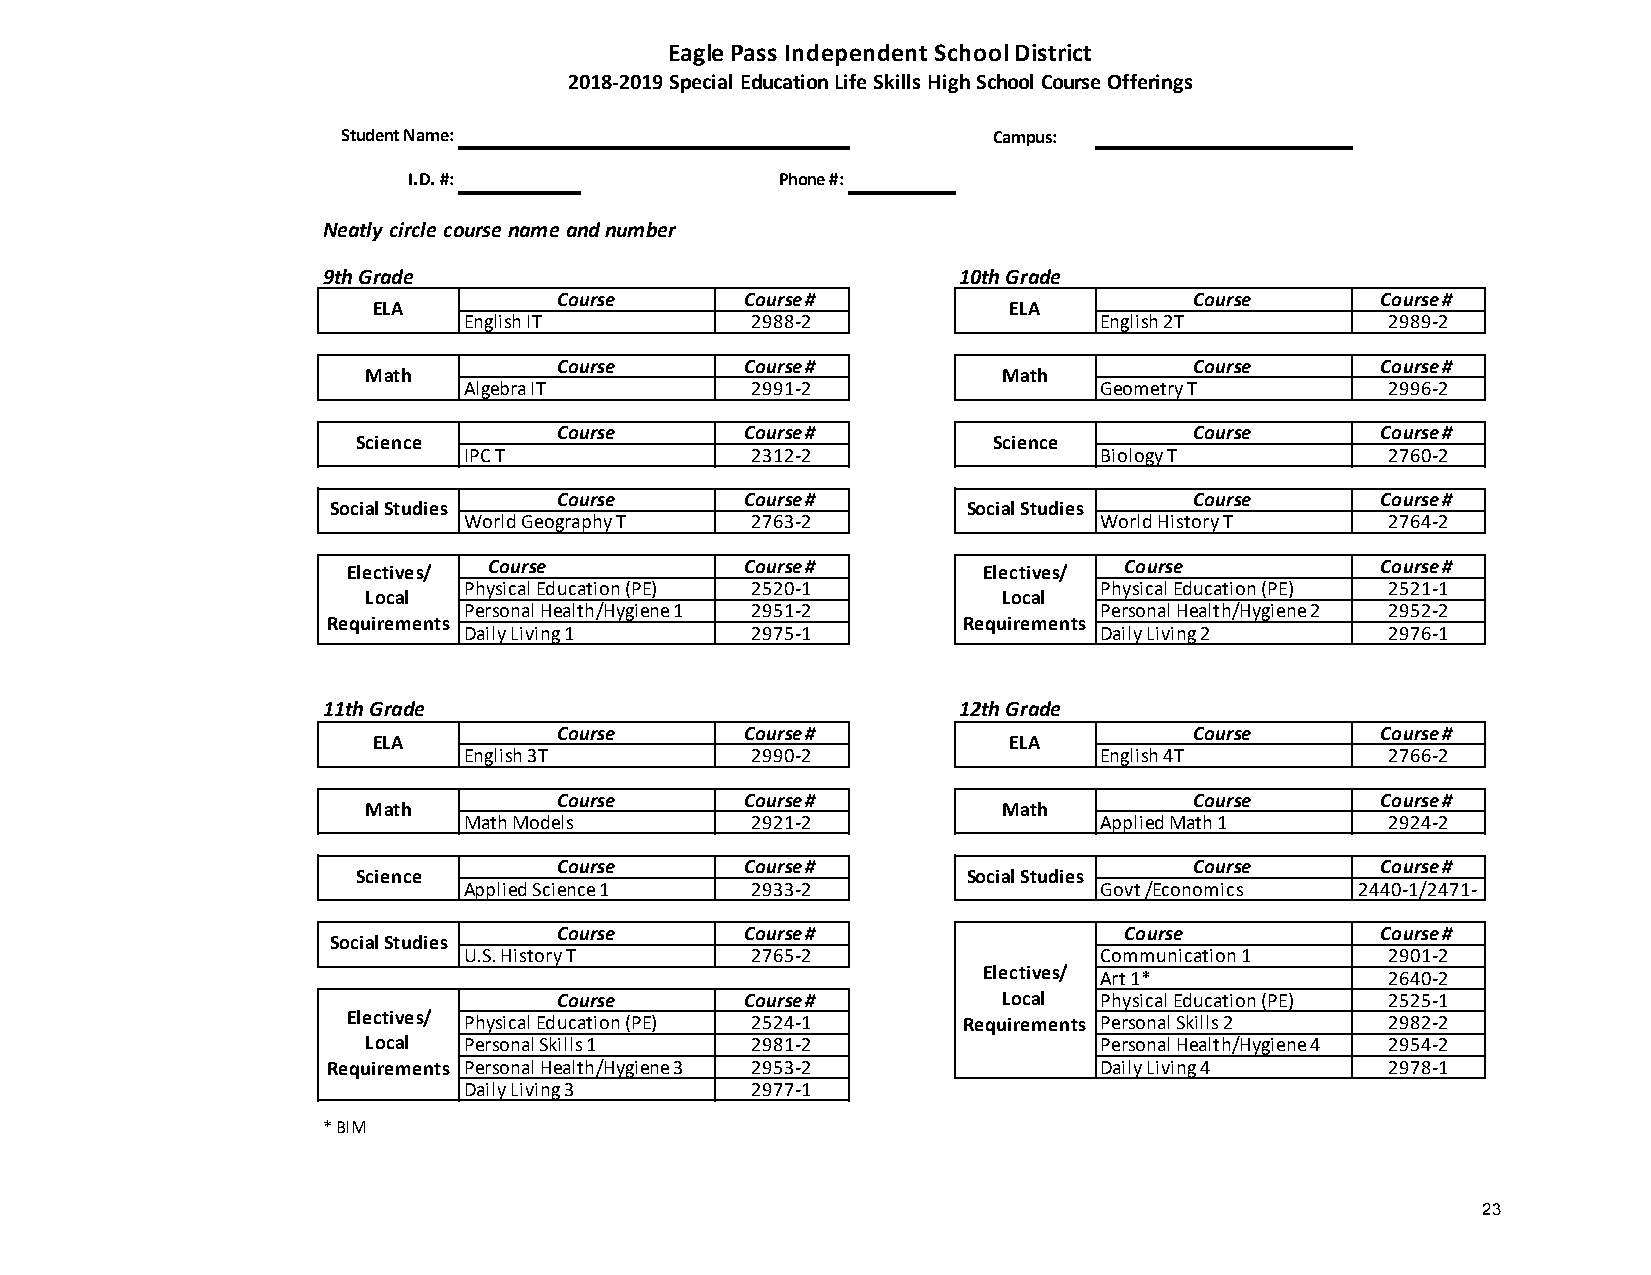
Eagle Pass Independent School District
 2018-2019 Special Education Life Skills High School Course Offerings
 Student Name:                              Campus:
 I.D. #:                  Phone #:
 Neatly circle course name and number
 9th Grade                                 10th Grade
 Course      Course #                      Course      Course #
 ELA                                       ELA
 English IT         2988-2                 English 2T         2989-2
 Course      Course #                      Course      Course #
 Math                                      Math
 Algebra IT         2991-2                 Geometry T         2996-2
 Course      Course #                      Course      Course #
 Science                                   Science
 IPC T              2312-2                 Biology T          2760-2
 Course      Course #                      Course      Course #
 Social Studies                            Social Studies
 World Geography T  2763-2                 World History T    2764-2
 Electives/ Course         Course #        Electives/ Course         Course #
 Physical Education (PE) 2520-1            Physical Education (PE) 2521-1
 Local                                     Local
 Personal Health/Hygiene 1 2951-2          Personal Health/Hygiene 2 2952-2
 Requirements                              Requirements
 Daily Living 1     2975-1                 Daily Living 2     2976-1
 11th Grade                                12th Grade
 Course      Course #                      Course      Course #
 ELA                                       ELA
 English 3T         2990-2                 English 4T         2766-2
 Course      Course #                      Course      Course #
 Math                                      Math
 Math Models        2921-2                 Applied Math 1     2924-2
 Course      Course #                      Course      Course #
 Science                                 Social Studies
 Applied Science 1  2933-2                 Govt /Economics  2440-1/2471-
 Course      Course #                 Course           Course #
 Social Studies
 U.S. History T     2765-2                 Communication 1    2901-2
 Electives/ Art 1*          2640-2
 Course      Course #         Local  Physical Education (PE) 2525-1
 Electives/ Physical Education (PE) 2524-1 Requirements Personal Skills 2 2982-2
 Local  Personal Skills 1  2981-2                 Personal Health/Hygiene 4 2954-2
 Requirements Personal Health/Hygiene 3 2953-2      Daily Living 4     2978-1
 Daily Living 3     2977-1
 * BIM
 23